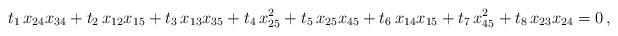
LaTeX: \begin{align*}t_1\, x_{24} x_{34} + t_2\, x_{12} x_{15} + t_3\, x_{13} x_{35} + t_4\, x_{25}^2 + t_5\, x_{25} x_{45} + t_6\, x_{14} x_{15} + t_7\, x_{45}^2 + t_8\, x_{23} x_{24} = 0\, ,\end{align*}